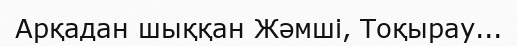
Арқадан шыққан Жәмші, Тоқырау...